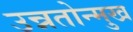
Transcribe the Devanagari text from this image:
उन्नतोन्मुख